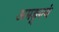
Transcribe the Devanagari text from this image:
अमङ्गल्यं